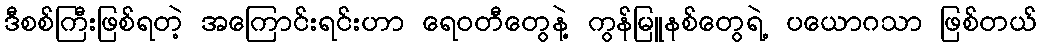
ဒီစစ်ကြီးဖြစ်ရတဲ့ အကြောင်းရင်းဟာ ရေဝတီတွေနဲ့ ကွန်မြူနစ်တွေရဲ့ ပယောဂသာ ဖြစ်တယ်